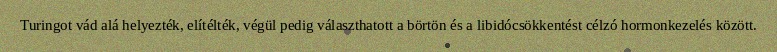
Turingot vád alá helyezték, elítélték, végül pedig választhatott a börtön és a libidócsökkentést célzó hormonkezelés között.